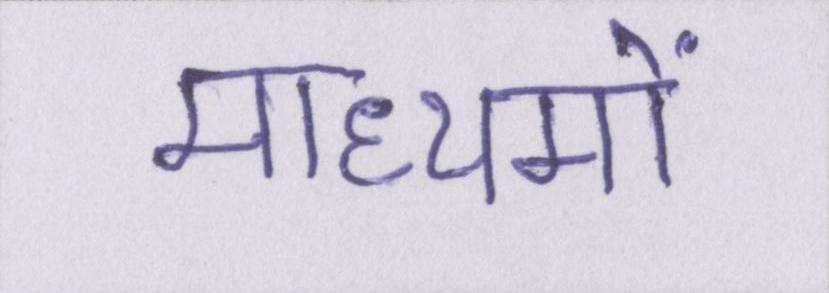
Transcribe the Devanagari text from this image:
माध्यमों